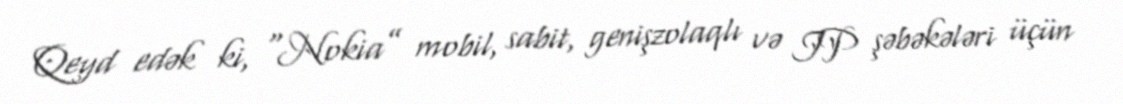
Qeyd edək ki, “Nokia” mobil, sabit, genişzolaqlı və IP şəbəkələri üçün